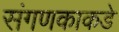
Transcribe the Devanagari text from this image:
संगणकाकडे